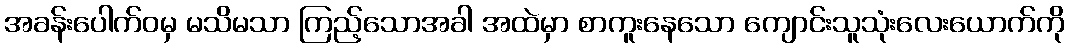
အခန်းပေါက်ဝမှ မသိမသာ ကြည့်သောအခါ အထဲမှာ စာကူးနေသော ကျောင်းသူသုံးလေးယောက်ကို